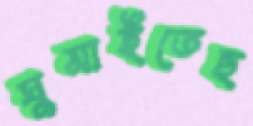
ঘুমাইতেছ